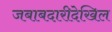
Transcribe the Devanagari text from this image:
जबाबदारीदेखिल